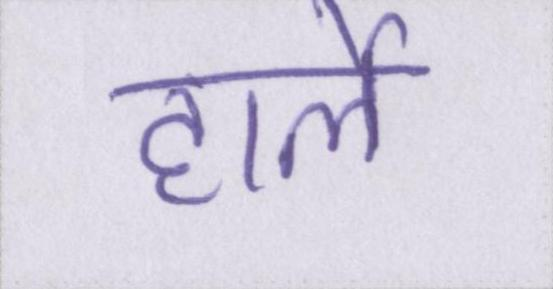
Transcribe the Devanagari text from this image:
हार्ले